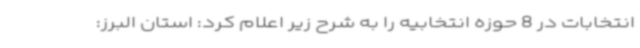
انتخابات در 8 حوزه انتخابیه را به شرح زیر اعلام کرد: استان البرز: